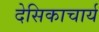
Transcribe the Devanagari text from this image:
देसिकाचार्य